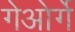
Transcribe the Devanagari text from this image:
गेओर्गे